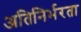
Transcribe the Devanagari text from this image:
अतिनिर्भरता